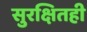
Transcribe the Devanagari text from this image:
सुरक्षितही